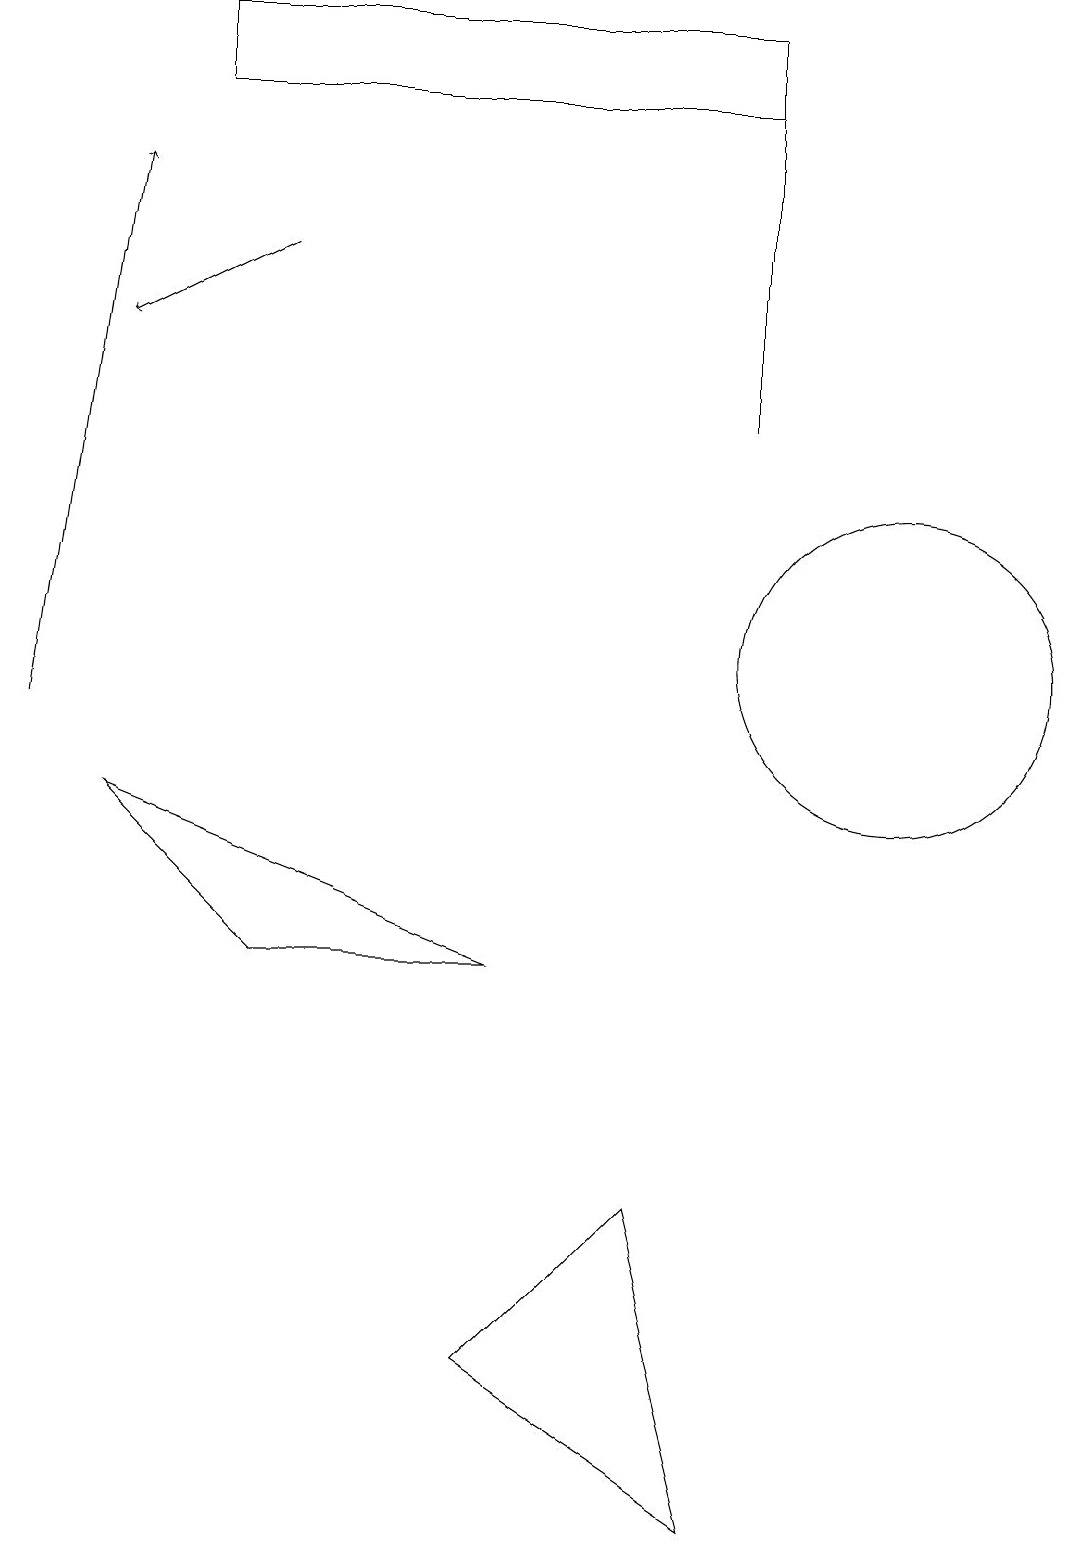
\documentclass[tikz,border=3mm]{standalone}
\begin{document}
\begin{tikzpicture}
\draw (8,4) -- (9,0) -- (6,2) -- cycle;
\draw (9,19) rectangle (9,14);
\draw[->] (0,10) -- (1,17);
\draw (9,19) rectangle (2,18);
\draw (9,14) rectangle (9,15);
\draw (3,7) -- (6,7) -- (1,9) -- cycle;
\draw (11,11) circle (2);
\draw[->] (3,16) -- (1,15);
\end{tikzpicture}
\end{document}